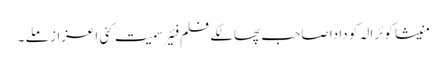
منیشا کوئرالہ کو دادا صاحب پھالکے فلم فئیر سمیت کئی اعزاز ملے ۔